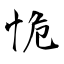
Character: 恑